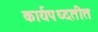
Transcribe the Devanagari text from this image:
कार्यपध्दतीत